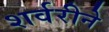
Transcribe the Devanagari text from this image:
शर्वरीने